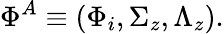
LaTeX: \Phi^{A}\equiv(\Phi_{i},\Sigma_{z},\Lambda_{z}).